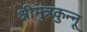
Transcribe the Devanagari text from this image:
श्रीमुत्रकुन्नू